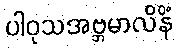
ပါဝုသအဗ္ဘမာလိနိံ